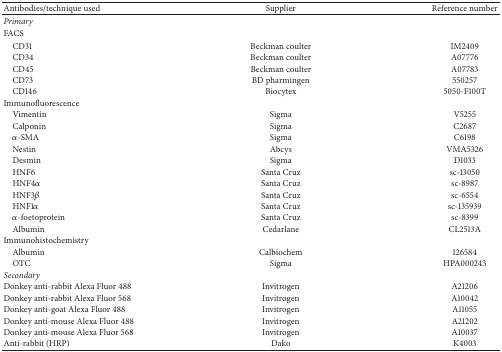
<table><thead><tr><td><b>Antibodies/technique used</b></td><td><b>Supplier</b></td><td><b>Reference number</b></td></tr></thead><tbody><tr><td><i>Primary</i></td><td> </td><td> </td></tr><tr><td>FACS</td><td> </td><td> </td></tr><tr><td> CD31</td><td>Beckman coulter</td><td>IM2409</td></tr><tr><td> CD34</td><td>Beckman coulter</td><td>A07776</td></tr><tr><td> CD45</td><td>Beckman coulter</td><td>A07783</td></tr><tr><td> CD73</td><td>BD pharmingen</td><td>550257</td></tr><tr><td> CD146</td><td>Biocytex</td><td>5050-F100T</td></tr><tr><td>Immunofluorescence</td><td> </td><td> </td></tr><tr><td> Vimentin </td><td>Sigma</td><td>V5255</td></tr><tr><td> Calponin </td><td>Sigma</td><td>C2687</td></tr><tr><td> <i>α</i>-SMA</td><td>Sigma</td><td>C6198</td></tr><tr><td> Nestin</td><td>Abcys</td><td>VMA5326</td></tr><tr><td> Desmin</td><td>Sigma</td><td>D1033</td></tr><tr><td> HNF6</td><td>Santa Cruz</td><td>sc-13050</td></tr><tr><td> HNF4<i>α</i></td><td>Santa Cruz</td><td>sc-8987</td></tr><tr><td> HNF3<i>β</i></td><td>Santa Cruz</td><td>sc-6554</td></tr><tr><td> HNF1<i>α</i></td><td>Santa Cruz</td><td>sc-135939</td></tr><tr><td> <i>α</i>-foetoprotein</td><td>Santa Cruz</td><td>sc-8399</td></tr><tr><td> Albumin</td><td>Cedarlane</td><td>CL2513A</td></tr><tr><td>Immunohistochemistry</td><td> </td><td> </td></tr><tr><td> Albumin</td><td>Calbiochem</td><td>126584</td></tr><tr><td> OTC</td><td>Sigma</td><td>HPA000243</td></tr><tr><td><i>Secondary</i></td><td> </td><td> </td></tr><tr><td>Donkey anti-rabbit Alexa Fluor 488</td><td>Invitrogen</td><td>A21206</td></tr><tr><td>Donkey anti-rabbit Alexa Fluor 568</td><td>Invitrogen</td><td>A10042</td></tr><tr><td>Donkey anti-goat Alexa Fluor 488</td><td>Invitrogen</td><td>A11055</td></tr><tr><td>Donkey anti-mouse Alexa Fluor 488</td><td>Invitrogen</td><td>A21202</td></tr><tr><td>Donkey anti-mouse Alexa Fluor 568</td><td>Invitrogen</td><td>A10037</td></tr><tr><td>Anti-rabbit (HRP)</td><td>Dako</td><td>K4003</td></tr></tbody></table>